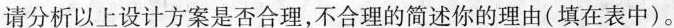
请分析以上设计方案是否合理，不合理的简述你的理由(填在表中)。